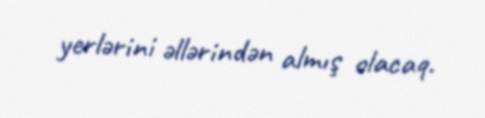
yerlərini əllərindən almış olacaq.